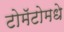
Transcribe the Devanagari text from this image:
टोमॅटोमधे